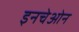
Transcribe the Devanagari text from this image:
इनचेओन